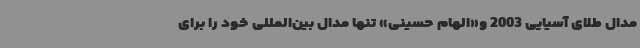
مدال طلای آسیایی 2003 و«الهام حسینی» تنها مدال بین‌المللی خود را برای